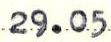
29.05